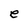
Character: e